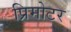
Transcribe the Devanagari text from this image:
प्रिमोटर